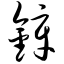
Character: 锌